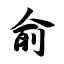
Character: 俞